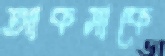
আকসাকে